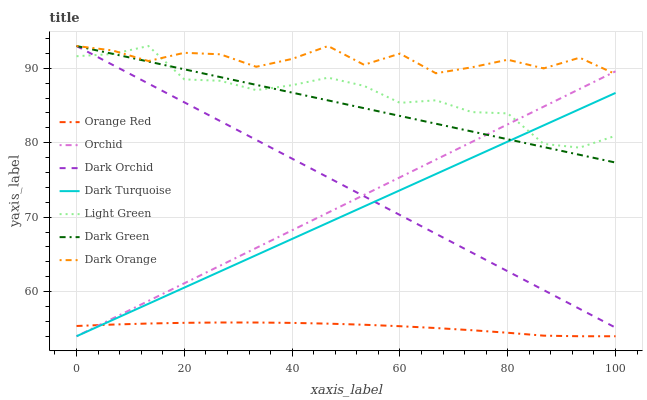
| xaxis_label | Orange Red | Orchid | Dark Orchid | Dark Turquoise | Light Green | Dark Green | Dark Orange |
 | --- | --- | --- | --- | --- | --- | --- | --- |
 | 0 | 55.4 | 54 | 93 | 54 | 91.6 | 93 | 93 |
 | 6.67 | 55.6 | 56.4 | 90.5 | 56.2 | 91.9 | 92 | 92.4 |
 | 13.3 | 55.7 | 58.7 | 88 | 58.4 | 93 | 90.9 | 91 |
 | 20 | 55.8 | 61.1 | 85.4 | 60.5 | 88.5 | 89.9 | 92.1 |
 | 26.7 | 55.8 | 63.5 | 82.9 | 62.7 | 88.3 | 88.8 | 91.9 |
 | 33.3 | 55.8 | 65.9 | 80.4 | 64.9 | 87.1 | 87.8 | 90.2 |
 | 40 | 55.8 | 68.2 | 77.9 | 67.1 | 87.7 | 86.7 | 91.3 |
 | 46.7 | 55.7 | 70.6 | 75.3 | 69.3 | 88.7 | 85.7 | 93 |
 | 53.3 | 55.5 | 73 | 72.8 | 71.4 | 87.6 | 84.6 | 90.5 |
 | 60 | 55.3 | 75.4 | 70.3 | 73.6 | 85.4 | 83.6 | 92 |
 | 66.7 | 55.1 | 77.7 | 67.8 | 75.8 | 85.7 | 82.6 | 89.3 |
 | 73.3 | 54.8 | 80.1 | 65.2 | 78 | 84.1 | 81.5 | 90.1 |
 | 80 | 54.5 | 82.5 | 62.7 | 80.2 | 83.9 | 80.5 | 91.2 |
 | 86.7 | 54.1 | 84.9 | 60.2 | 82.3 | 79.8 | 79.4 | 90 |
 | 93.3 | 54 | 87.2 | 57.7 | 84.5 | 79.3 | 78.4 | 91.4 |
 | 100 | 54 | 89.6 | 55.2 | 86.7 | 80.9 | 77.3 | 89.2 |